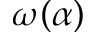
\omega ( \alpha )